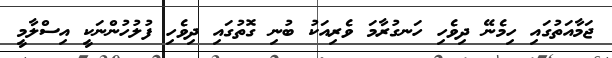
ޖަމާއަތުގައި ހިމެނޭ ދިވެހި ހަނގުރާމަ ވެރިއަކު ބުނި ގޮތުގައި ދިވެހި ފުލުހުންނަކީ އިސްލާމީ